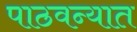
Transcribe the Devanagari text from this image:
पाठवन्यात